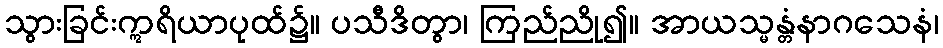
သွားခြင်းဣရိယာပုထ်၌။ ပသီဒိတွာ၊ ကြည်ညို၍။ အာယသ္မန္တံနာဂသေနံ၊